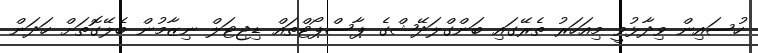
ހުސައިން ވިދާޅުވީ މިއަހަރު ތެރޭގައި ބަންގްލަދޭޝްގެ ޕާސްޕޯޓްތައް ޑިޖިޓަލް ނިޒާމުން ބެލޭގޮތަށް ހަދަން